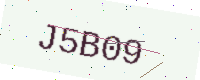
Text: J5B09